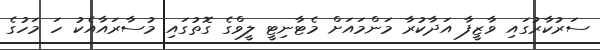
ސަރުކާރުގައި ވާޒީފާ އަދާކުރާ މަންމައަށް މެޓާނިޓީ ލީވްގެ ގޮތުގައި މުސާރައާއެކު ހަ މަހުގެ